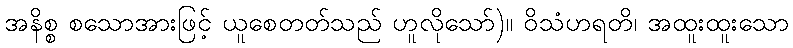
အနိစ္စ စသောအားဖြင့် ယူစေတတ်သည် ဟူလိုသော်)။ ဝိသံဟရတိ၊ အထူးထူးသော